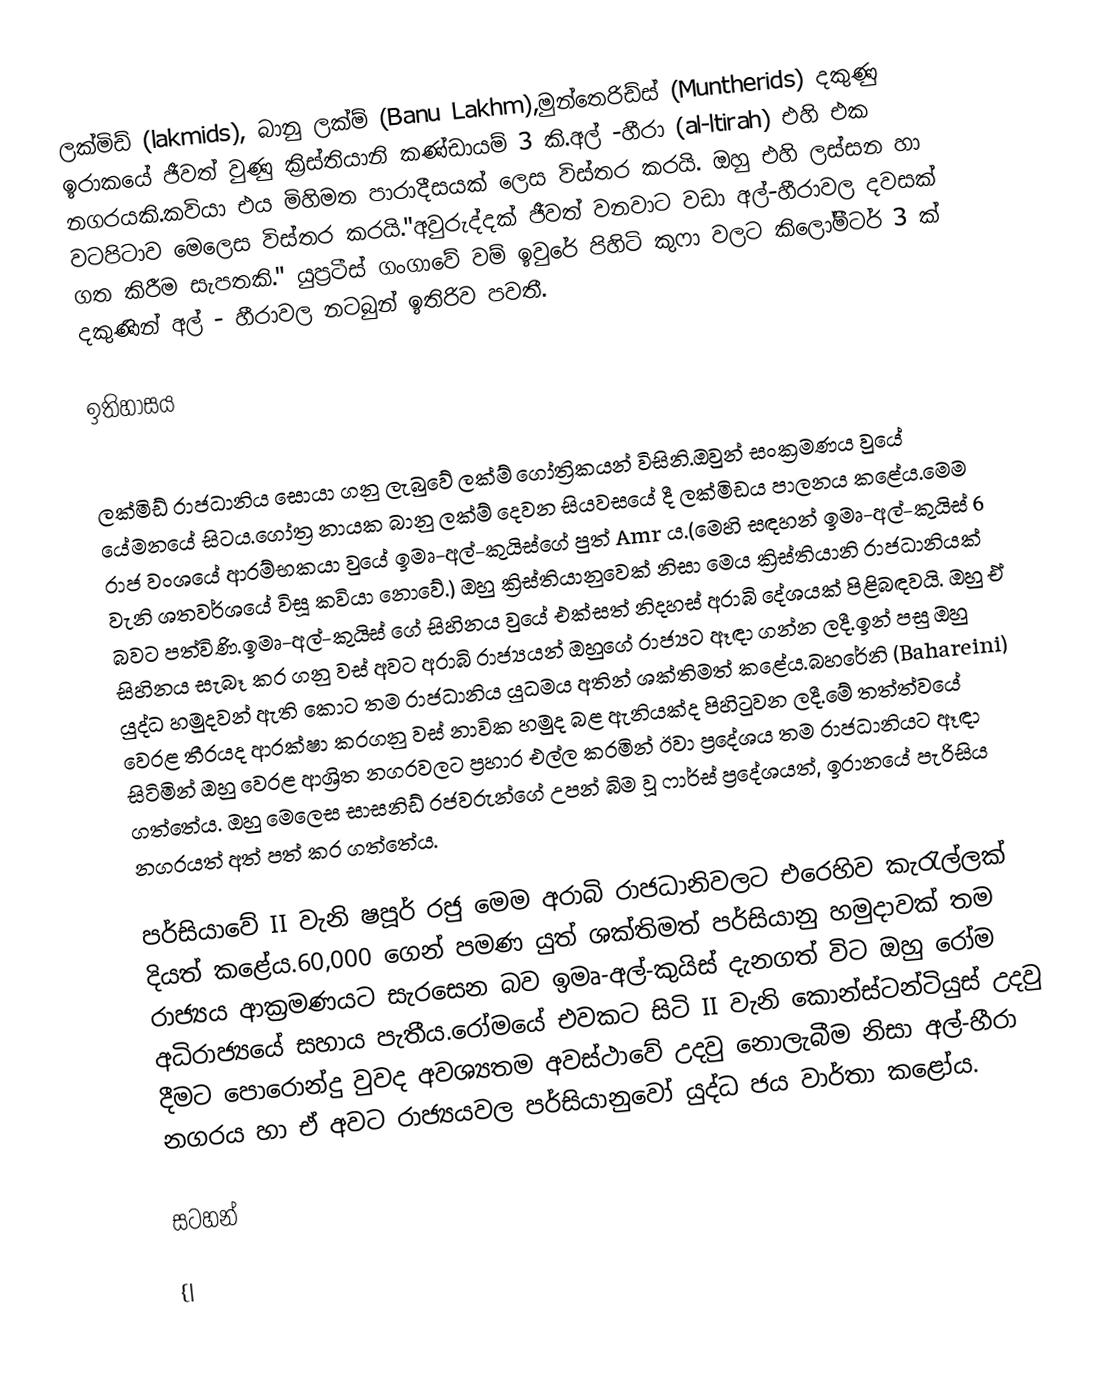
ලක්මිඩ් (lakmids), බානු ලක්ම් (Banu Lakhm),මුන්තෙරිඩ්ස් (Muntherids) දකුණු ඉරාකයේ ජීවත් වුණු ක්‍රිස්තියානි කණ්ඩායම් 3 කි.අල් -හීරා (al-ltirah) එහි එක නගරයකි.කවියා එය මිහිමත පාරාදීසයක් ලෙස විස්තර කරයි. ඔහු එහි ලස්සන හා වටපිටාව මෙලෙස විස්තර කරයි."අවුරුද්දක් ජීවත් වනවාට වඩා අල්-හීරාවල දවසක් ගත කිරීම සැපතකි." යුප්‍රටීස් ගංගාවේ වම් ඉවුරේ පිහිටි කුෆා වලට කිලෝමීටර් 3 ක් දකුණින් අල් - හීරාවල නටබුන් ඉතිරිව පවතී.

ඉතිහාසය

ලක්මිඩ් රාජධානිය සොයා ගනු ලැබුවේ ලක්ම් ගෝත්‍රිකයන් විසිනි.ඔවුන් සංක්‍රමණය වුයේ යේමනයේ සිටය.ගෝත්‍ර නායක බානු ලක්ම් දෙවන සියවසයේ දී ලක්මිඩය පාලනය කළේය.මෙම රාජ වංශයේ ආරම්භකයා වුයේ ඉමෘ-අල්-කුයිස්ගේ පුත් Amr ය.(මෙහි සඳහන් ඉමෘ-අල්-කුයිස් 6 වැනි ශතවර්ශයේ විසූ කවියා නොවේ.) ඔහු ක්‍රිස්තියානුවෙක් නිසා මෙය ක්‍රිස්තියානි රාජධානියක් බවට පත්විණි.ඉමෘ-අල්-කුයිස් ගේ සිහිනය වුයේ එක්සත් නිදහස් අරාබි දේශයක් පිළිබඳවයි. ඔහු ඒ සිහිනය සැබෑ කර ගනු වස් අවට අරාබි රාජ්‍යයන් ඔහුගේ රාජ්‍යට ඈඳා ගන්න ලදී.ඉන් පසු ඔහු යුද්ධ හමුදවන් ඇති කොට තම රාජධානිය යුධමය අතින් ශක්තිමත් කළේය.බහරේනි  (Bahareini) වෙරළ තීරයද ආරක්ෂා කරගනු වස් නාවික හමුද බළ ඇනියක්ද පිහිටුවන ලදී.මේ තත්ත්වයේ සිටිමින් ඔහු වෙරළ ආශ්‍රිත නගරවලට ප්‍රහාර එල්ල කරමින් ඊවා ප්‍රදේශය තම රාජධානියට ඈඳා ගත්තේය. ඔහු මෙලෙස සාසනිඩ් රජවරුන්ගේ උපන් බිම වූ ෆාර්ස් ප්‍රදේශයත්, ඉරානයේ පැරිසිය නගරයත් අත් පත් කර ගත්තේය.

පර්සියාවේ II වැනි ෂපූර් රජු මෙම අරාබි රාජධානිවලට එරෙහිව කැරැල්ලක් දියත් කළේය.60,000 ගෙන් පමණ යුත් ශක්තිමත් පර්සියානු හමුදාවක් තම රාජ්‍යය ආක්‍රමණයට සැරසෙන බව ඉමෘ-අල්-කුයිස් දැනගත් විට ඔහු රෝම අධිරාජ්‍යයේ සහාය පැතීය.රෝමයේ එවකට සිටි II වැනි කොන්ස්ටන්ටියුස් උදවු දීමට පොරොන්දු වුවද අවශ්‍යතම අවස්ථාවේ උදවු නොලැබීම නිසා අල්-හීරා නගරය හා ඒ අවට රාජ්‍යයවල පර්සියානුවෝ යුද්ධ ජය වාර්තා කළෝය.

සටහන්

{|